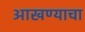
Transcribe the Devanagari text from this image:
आखण्याचा